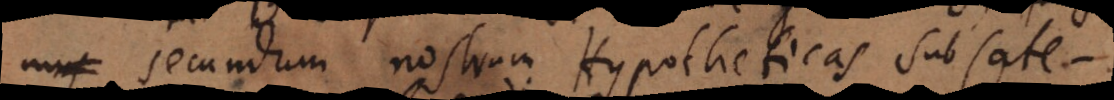
secundum nostrum Hypotheticas sub Cate